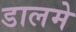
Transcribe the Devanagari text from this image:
डालमे